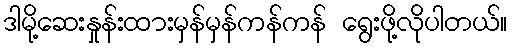
ဒါမို့ဆေးနှုန်းထားမှန်မှန်ကန်ကန် ရွေးဖို့လိုပါတယ်။